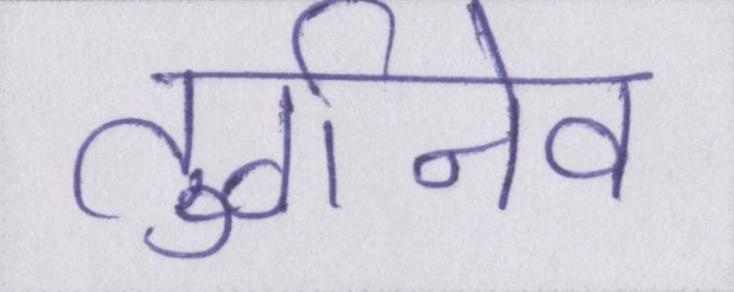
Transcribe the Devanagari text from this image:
तुर्गनेव